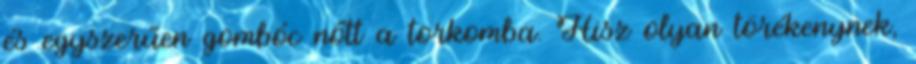
és egyszerűen gombóc nőtt a torkomba. Hisz olyan törékenynek,